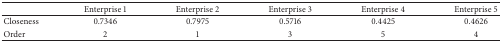
|  | Enterprise 1 | Enterprise 2 | Enterprise 3 | Enterprise 4 | Enterprise 5 |
 | --- | --- | --- | --- | --- | --- |
 | Closeness | 0.7346 | 0.7975 | 0.5716 | 0.4425 | 0.4626 |
 | Order | 2 | 1 | 3 | 5 | 4 |